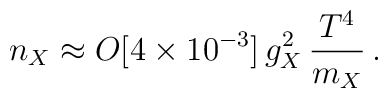
n_{X} \approx O[4\times 10^{-3}]\,g_{X}^{2}\,\frac{T^{4}}{m_{X}} \,.